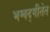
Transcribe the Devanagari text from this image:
भग्वद्गीतेत